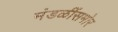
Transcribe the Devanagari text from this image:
मंडळींसमोर